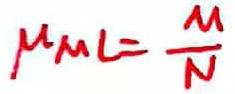
$\mu _{M}=\frac {M}{N}$